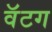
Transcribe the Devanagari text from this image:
वॅटग